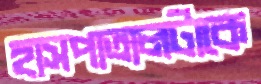
হাসপাতালটাকে